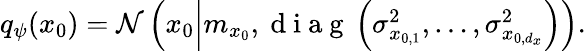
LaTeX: \begin{array}{r}{q_{\psi}(x_{0})=\mathcal{N}\left(x_{0}\middle|m_{x_{0}},\mathrm{~d~i~a~g~}\left(\sigma_{x_{0,1}}^{2},\dots,\sigma_{x_{0,d_{x}}}^{2}\right)\right).}\end{array}